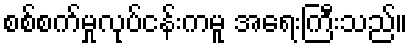
စစ်စက်မှုလုပ်ငန်းကမူ အရေးကြီးသည်။